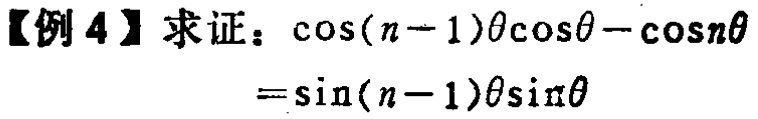
【例 4】求证：\(\cos(n - 1)\theta\cos\theta-\cos n\theta=\sin(n - 1)\theta\sin\theta\)